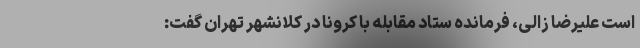
است علیرضا زالی، فرمانده ستاد مقابله با کرونا در کلانشهر تهران گفت: